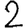
Digit: 2